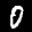
Label: 0